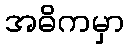
အဓိကမှာ